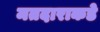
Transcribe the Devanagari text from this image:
मतदाराकडे